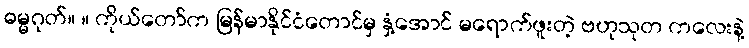
ဓမ္မဂုတ်။ ။ ကိုယ်တော်က မြန်မာနိုင်ငံတောင်မှ နှံ့အောင် မရောက်ဖူးတဲ့ ဗဟုသုတ ကလေးနဲ့